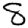
Digit: 8